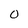
Character: o